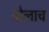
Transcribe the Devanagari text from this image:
वोलाच